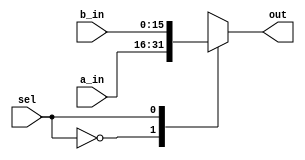
module mult_2_to_1(sel, a_in, b_in, out);

	// Parameter Definitions

	parameter width = 'd16; // Data Width

	// Inputs

	input wire sel;
	input wire [width-1:0] a_in, b_in;

	// Outputs

	output reg [width-1:0] out;

	// Multiplexing Block

	always@(sel, a_in, b_in) begin
		case(sel) // synthesis parallel_case
			1'b0: out [width-1:0] = a_in [width-1:0];
			1'b1: out [width-1:0] = b_in [width-1:0];
			default: out [width-1:0] = {width{1'b0}};
		endcase
	end

endmodule